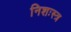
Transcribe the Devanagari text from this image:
निशःस्त्र